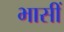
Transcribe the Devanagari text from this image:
भासीं